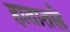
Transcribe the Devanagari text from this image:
हातातले